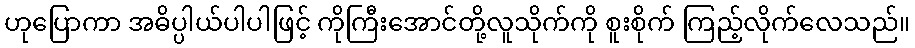
ဟုပြောကာ အဓိပ္ပါယ်ပါပါဖြင့် ကိုကြီးအောင်တို့လူသိုက်ကို စူးစိုက် ကြည့်လိုက်လေသည်။